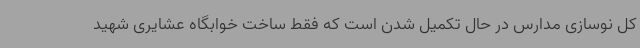
کل نوسازی مدارس در حال تکمیل شدن است که فقط ساخت خوابگاه عشایری شهید